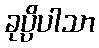
ခုပ္ပိပါသာ